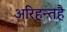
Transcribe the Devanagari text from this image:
अरिहन्तहै